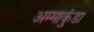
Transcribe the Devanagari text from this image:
अम्माकुंडा